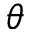
\theta